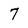
Character: 7